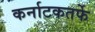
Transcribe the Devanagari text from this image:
कर्नाटकतर्फे